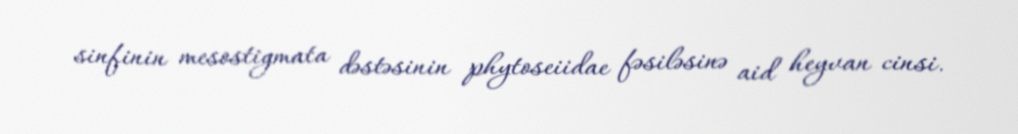
sinfinin mesostigmata dəstəsinin phytoseiidae fəsiləsinə aid heyvan cinsi.